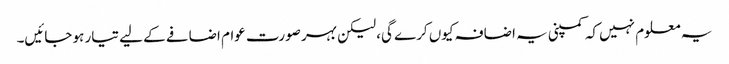
یہ معلوم نہیں کہ کمپنی یہ اضافہ کیوں کرے گی، لیکن بہر صورت عوام اضافے کے لیے تیار ہو جائیں۔